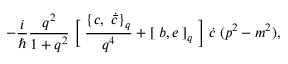
- \frac { i } { \hbar } \frac { q ^ { 2 } } { 1 + q ^ { 2 } } \; \Bigl [ \; \frac { \{ c , \; \dot { \bar { c } } \} _ { q } } { q ^ { 4 } } + [ \; b , e \; ] _ { q } \; \Bigr ] \; \dot { c } \; ( p ^ { 2 } - m ^ { 2 } ) ,